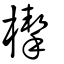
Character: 㮮